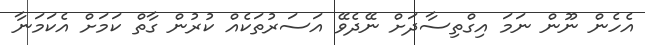
އެހެން ނޫން ނަމަ އިގްތިސާދަށް ނޭދެވޭ އަސަރުތަކެއް ކުރުން ގާތް ކަމަށް އެކަމަނާ